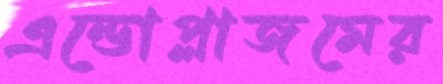
এন্ডোপ্লাজমের